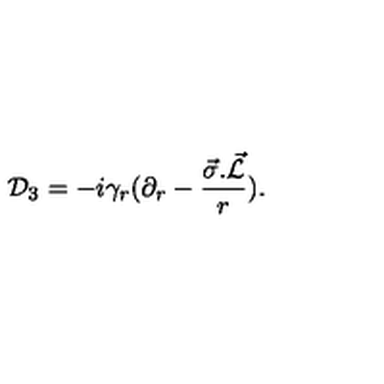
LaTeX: { \cal D } _ { 3 } = - i { \gamma } _ { r } ( { \partial } _ { r } - { \frac { \vec { \sigma } . \vec { \cal L } } { r } } ) .